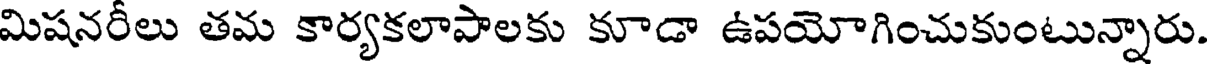
మిషనరీలు తమ కార్యకలాపాలకు కూడా ఉపయోగించుకుంటున్నారు.